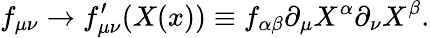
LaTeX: f_{\mu\nu}\to f_{\mu\nu}^{\prime}(X(x))\equiv f_{\alpha\beta}\partial_{\mu}X^{\alpha}\partial_{\nu}X^{\beta}.